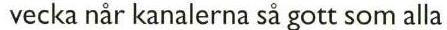
 vecka när kanalerna så gott som alla